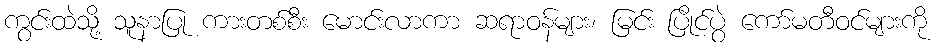
ကွင်းထဲသို့ သူနာပြု ကားတစ်စီး မောင်းလာကာ ဆရာဝန်များ၊ မြင်း ပြိုင်ပွဲ ကော်မတီဝင်များကို